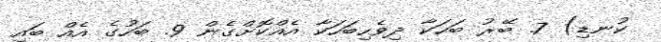
ކުނޑި) 7. ބޭރު ބަހަކާ ދިވެހިބަހަކާ އެއްކޮށްގެން 9. ބަހުގެ އެއް ބައި